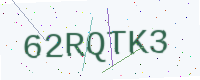
Text: 62RQTK3